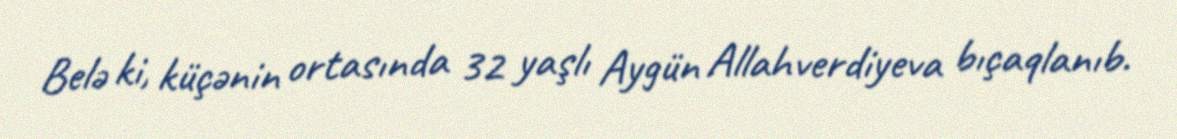
Belə ki, küçənin ortasında 32 yaşlı Aygün Allahverdiyeva bıçaqlanıb.